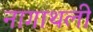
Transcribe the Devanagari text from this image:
नागाथली